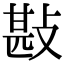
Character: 㪛